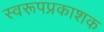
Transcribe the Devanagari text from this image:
स्वरूपप्रकाशक